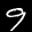
Label: 9